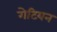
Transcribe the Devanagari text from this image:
गेटियन